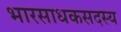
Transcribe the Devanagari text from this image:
भारसाधकसदस्य